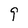
Character: 9